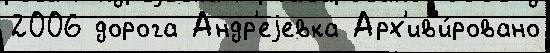
2006 дорога Андр'еjевка Арх'ив'и́ровано